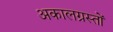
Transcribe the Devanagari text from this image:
अकालग्रस्तों